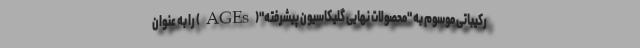
رکیباتی موسوم به "محصولات نهایی گلیکاسیون پیشرفته"(AGEs) را به عنوان